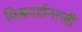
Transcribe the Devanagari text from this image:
विश्वदर्शनाजी